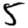
Digit: 5